Indian journal of veterinary science and animal husbandry - Volume 1,
Year: 1931
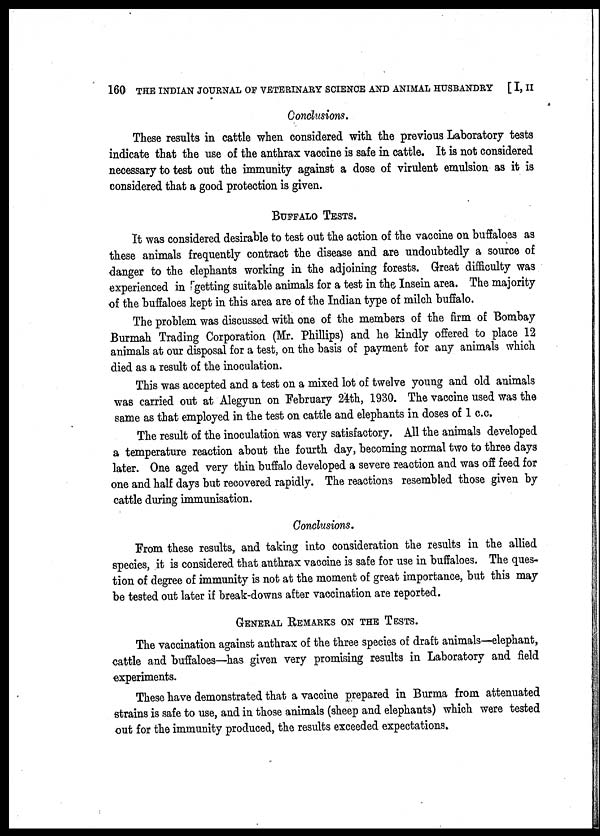
160 THE INDIAN JOURNAL OF VETERINARY SCIENCE AND ANIMAL HUSBANDRY [ I, II
Conclusions.
These results in cattle when considered with the previous Laboratory tests
indicate that the use of the anthrax vaccine is safe in cattle. It is not considered
necessary to test out the immunity against a dose of virulent emulsion as it is
considered that a good protection is given.
BUFFALO TESTS.
It was considered desirable to test out the action of the vaccine on buffaloes as
these animals frequently contract the disease and are undoubtedly a source of
danger to the elephants working in the adjoining forests. Great difficulty was
experienced in getting suitable animals for a test in the Insein area. The majority
of the buffaloes kept in this area are of the Indian type of milch buffalo.
The problem was discussed with one of the members of the firm of Bombay
Burmah Trading Corporation (Mr. Phillips) and he kindly offered to place 12
animals at our disposal for a test, on the basis of payment for any animals which
died as a result of the inoculation.
This was accepted and a test on a mixed lot of twelve young and old animals
was carried out at Alegyun on February 24th, 1930. The vaccine used was the
same as that employed in the test on cattle and elephants in doses of 1 c.c.
The result of the inoculation was very satisfactory. All the animals developed
a temperature reaction about the fourth day, becoming normal two to three days
later. One aged very thin buffalo developed a severe reaction and was off feed for
one and half days but recovered rapidly. The reactions resembled those given by
cattle during immunisation.
Conclusions.
From these results, and taking into consideration the results in the allied
species, it is considered that anthrax vaccine is safe for use in buffaloes. The ques-
tion of degree of immunity is not at the moment of great importance, but this may
be tested out later if break-downs after vaccination are reported.
GENERAL REMARKS ON THE TESTS.
The vaccination against anthrax of the three species of draft animals—elephant,
cattle and buffaloes—has given very promising results in Laboratory and field
experiments.
These have demonstrated that a vaccine prepared in Burma from attenuated
strains is safe to use, and in those animals (sheep and elephants) which were tested
out for the immunity produced, the results exceeded expectations.